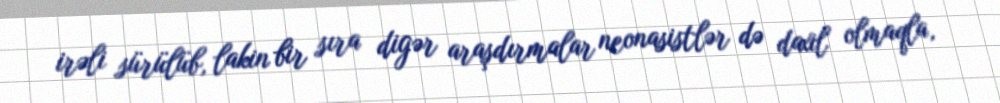
irəli sürülüb, lakin bir sıra digər araşdırmalar neonasistlər də daxil olmaqla,